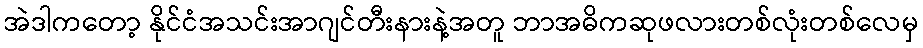
အဲဒါကတော့ နိုင်ငံအသင်းအာဂျင်တီးနားနဲ့အတူ ဘာအဓိကဆုဖလားတစ်လုံးတစ်လေမှ